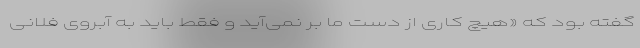
گفته بود که «هیچ کاری از دست ما بر نمی‌آید و فقط باید به آبروی فلانی